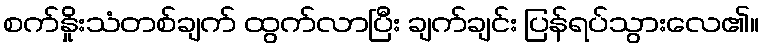
စက်နှိုးသံတစ်ချက် ထွက်လာပြီး ချက်ချင်း ပြန်ရပ်သွားလေ၏။